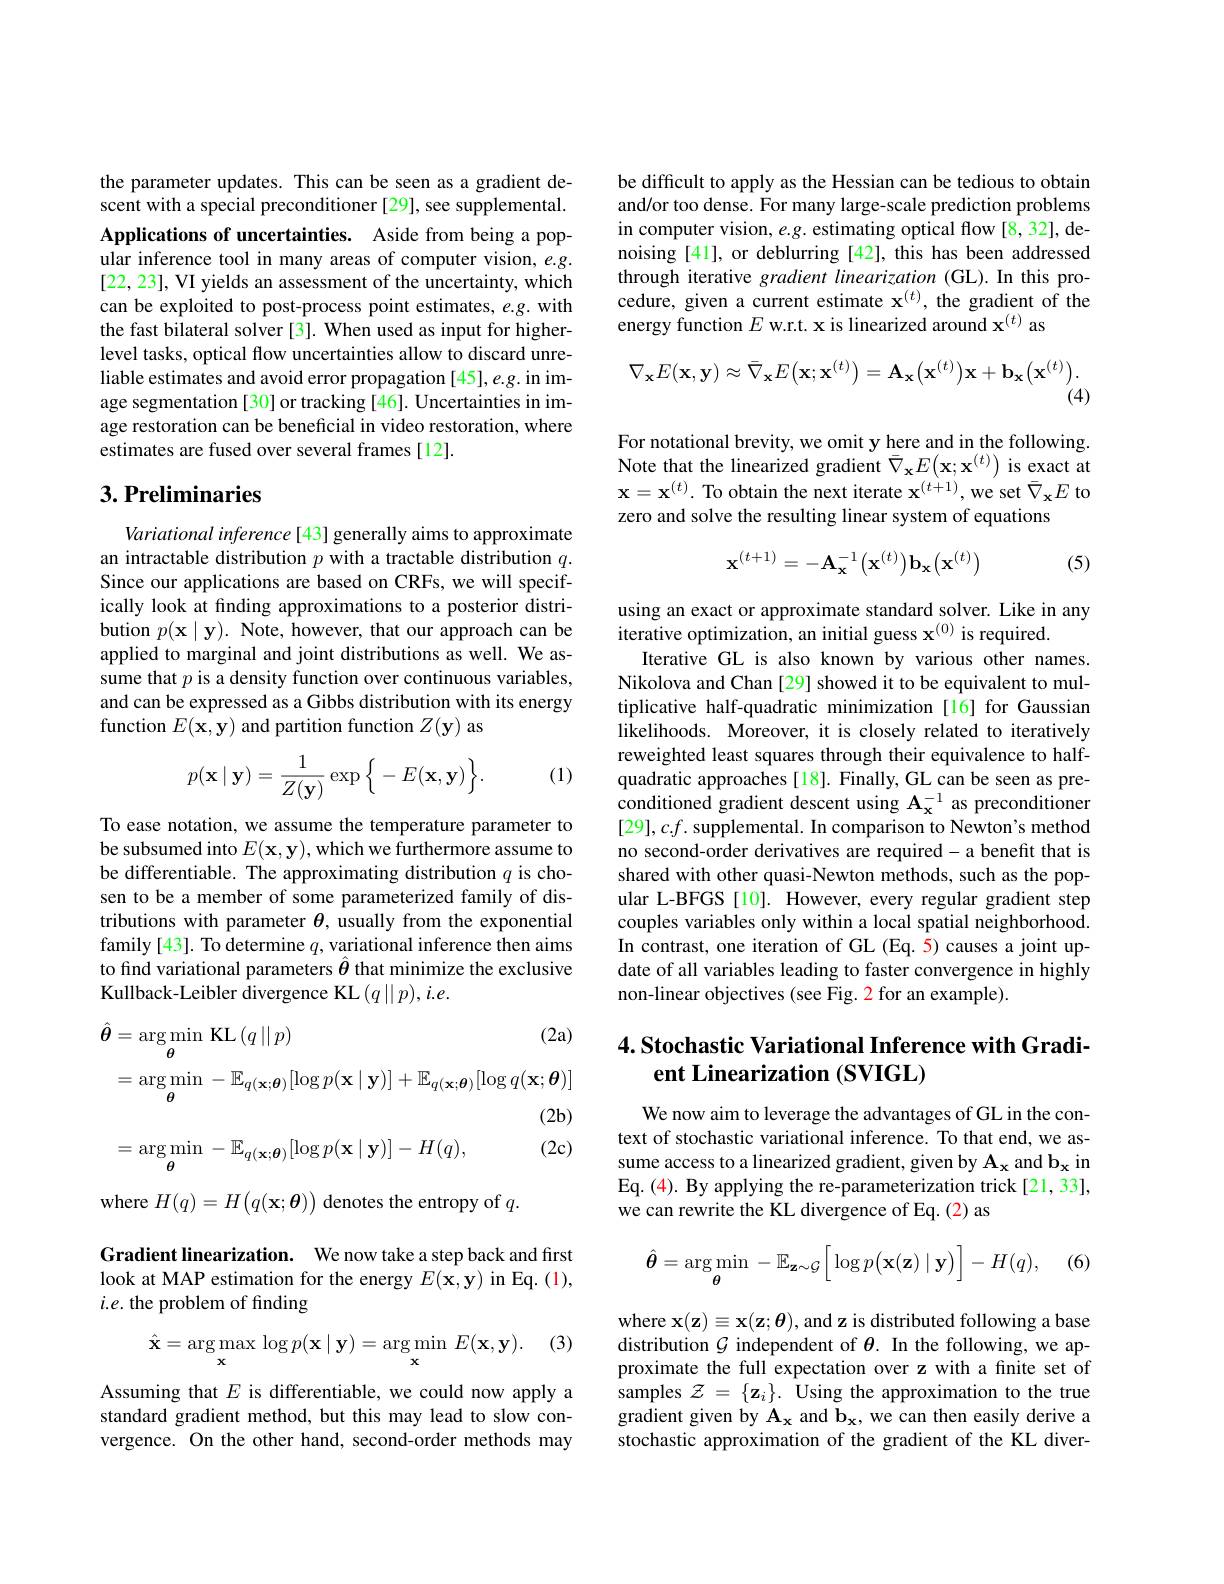
the parameter updates. This can be seen as a gradient descent with a special preconditioner [29], see supplemental. Applications of uncertainties. Aside from being a popular inference tool in many areas of computer vision, $e.g.$ [22,23],VI yields an assessment of the uncertainty, which can be exploited to post-process point estimates, e.g. with the fast bilateral solver [3]. When used as input for higherlevel tasks, optical flow uncertainties allow to discard unreliable estimates and avoid error propagation [45],e.g. in image segmentation [30] or tracking [46]. Uncertainties in image restoration can be beneficial in video restoration, where estimates are fused over several frames [12].

## $3. \textbf{Preliminaries}$

Variational inference[43] generally aims to approximate an intractable distribution $p$ with a tractable distribution $q.$ Since our applications are based on CRFs, we will specifically look at fınding approximations to a posterior distribution $p(\mathbf{x}\mid\mathbf{y}).$ Note, however, that our approach can be applied to marginal and joint distributions as well. We assume that $p$ is a density function over continuous variables, and can be expressed as a Gibbs distribution with its energy function $E(\mathbf{x},\mathbf{y})$ and partition function $Z(\mathbf{y})$ as
$$p(\mathbf{x}\mid\mathbf{y})=\frac{1}{Z(\mathbf{y})}\exp\Big\{-E(\mathbf{x},\mathbf{y})\Big\}.$$
(1)

To ease notation, we assume the temperature parameter to be subsumed into $E(\mathbf{x},\mathbf{y})$, which we furthermore assume to be differentiable. The approximating distribution $q$ is chosen to be a member of some parameterized family of distributions with parameter $\theta$, usually from the exponential family[43]. To determine $q$, variational inference then aims to find variational parameters $\hat{\theta}$ that minimize the exclusive Kullback-Leibler divergence KL $(q||p),i.e.$
$$\begin{aligned}\hat{\boldsymbol{\theta}}&=\arg\min_{\boldsymbol{\theta}}\mathrm{KL}\left(q\mid\mid p\right)&\text{(2a)}\\&=\arg\min_{\boldsymbol{\theta}}-\mathbb{E}_{q(\mathbf{x};\boldsymbol{\theta})}[\log p(\mathbf{x}\mid\mathbf{y})]+\mathbb{E}_{q(\mathbf{x};\boldsymbol{\theta})}[\log q(\mathbf{x};\boldsymbol{\theta})]\\&&\text{(2b)}\\&=\arg\min_{\boldsymbol{\theta}}-\mathbb{E}_{q(\mathbf{x};\boldsymbol{\theta})}[\log p(\mathbf{x}\mid\mathbf{y})]-H(q),&\text{(2c)}\end{aligned}$$
be difficult to apply as the Hessian can be tedious to obtain and/or too dense. For many large-scale prediction problems in computer vision, $e.g.$ estimating optical flow [8,32], denoising [41], or deblurring [42], this has been addressed through iterative gradient linearization (GL). In this procedure, given a current estimate $\mathbf{x}^{(t)}$, the gradient of the energy function $E$ w.r.t. x is linearized around $\mathbf{x}^{(t)}$ as
$$\nabla_{\mathbf{x}}E(\mathbf{x},\mathbf{y})\approx\bar{\nabla}_{\mathbf{x}}E\big(\mathbf{x};\mathbf{x}^{(t)}\big)=\mathbf{A}_{\mathbf{x}}\big(\mathbf{x}^{(t)}\big)\mathbf{x}+\mathbf{b}_{\mathbf{x}}\big(\mathbf{x}^{(t)}\big).$$
(4)

For notational brevity, we omit y here and in the following. Note that the linearized gradient $\bar{\nabla}_{\mathbf{x}}E(\mathbf{x};\mathbf{x}^{(t)})$ is exact at $\mathbf{x}=\mathbf{x}^{(t)}.$ To obtain the next iterate $\mathbf{x}^(t+1)$,we set $\bar{\nabla}_\mathbf{x}E$ to zero and solve the resulting linear system of equations
$$\mathbf{x}^{(t+1)}=-\mathbf{A}_{\mathbf{x}}^{-1}\big(\mathbf{x}^{(t)}\big)\mathbf{b}_{\mathbf{x}}\big(\mathbf{x}^{(t)}\big)$$
(5)

using an exact or approximate standard solver. Like in any
iterative optimization, an initial guess $\mathbf{x}^{(0)}$ is required.
Iterative GL is also known by various other names. Nikolova and Chan [29] showed it to be equivalent to multiplicative half-quadratic minimization [16] for Gaussian likelihoods. Moreover, it is closely related to iteratively reweighted least squares through their equivalence to halfquadratic approaches[18]. Finally, GL can be seen as preconditioned gradient descent using $\mathbf{A_x^{-1}}$ as preconditioner $[29],c.f.$ supplemental. In comparison to Newton's method no second-order derivatives are required-a benefit that is shared with other quasi-Newton methods, such as the popular L-BFGS [10]. However, every regular gradient step couples variables only within a local spatial neighborhood. In contrast, one iteration of GL (Eq. 5) causes a joint update of all variables leading to faster convergence in highly non-linear objectives (see Fig. 2 for an example).

## $4. \textbf{Stochastic Variational Inference with Gradi- }$ ent Linearization (SVIGL)

We now aim to leverage the advantages of GL in the context of stochastic variational inference. To that end, we assume access to a linearized gradient, given by $\mathbf{A_x}$ and $\mathbf{b_x}$ in Eq. (4). By applying the re-parameterization trick[21,33], we can rewrite the KL divergence of Eq. (2) as

(6,
$$\hat{\boldsymbol{\theta}}=\arg\min_{\boldsymbol{\theta}}-\mathbb{E}_{\mathbf{z}\sim\mathcal{G}}\Big[\log p\big(\mathbf{x}(\mathbf{z})\mid\mathbf{y}\big)\Big]-H(q),$$
where $\mathbf{x}(\mathbf{z})\equiv\mathbf{x}(\mathbf{z};\boldsymbol{\theta})$, and z is distributed following a base distribution $\mathcal{G}$ independent of $\theta.$ In the following, we approximate the full expectation over z with a finite set of samples $\mathcal{Z}=\{\mathbf{z}_{i}\}.$ Using the approximation to the true gradient given by $\mathbf{A_x}$ and $\mathbf{b_x}$, we can then easily derive a stochastic approximation of the gradient of the KL diver-

where $H(q)=H\left(q(\mathbf{x};\boldsymbol{\theta})\right)$ denotes the entropy of $q.$

Gradient linearization. We now take a step back and first look at MAP estimation for the energy $E(\mathbf{x},\mathbf{y})$ in Eq. (1), $i.e.$ the problem of finding

(3)
$$\hat{\mathbf{x}}=\arg\max_{\mathbf{x}}\log p(\mathbf{x}\mid\mathbf{y})=\arg\min_{\mathbf{x}}E(\mathbf{x},\mathbf{y}).$$
Assuming that $E$ is differentiable, we could now apply a standard gradient method, but this may lead to slow convergence. On the other hand, second-order methods may